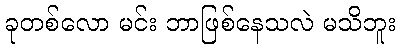
ခုတစ်လော မင်း ဘာဖြစ်နေသလဲ မသိဘူး